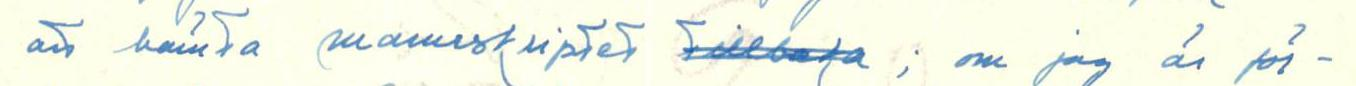
att hämta manuskriptet tillbaka; om jag är för-